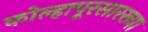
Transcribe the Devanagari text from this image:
कोल्हापूरसारख्या